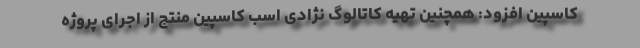
کاسپین افزود: همچنین تهیه کاتالوگ نژادی اسب کاسپین منتج از اجرای پروژه